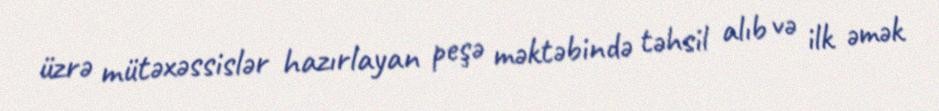
üzrə mütəxəssislər hazırlayan peşə məktəbində təhsil alıb və ilk əmək